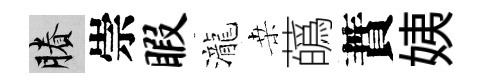
賸崇暇瀧桒蘤蕡姨